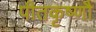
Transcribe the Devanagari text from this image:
पीतकृष्णौ